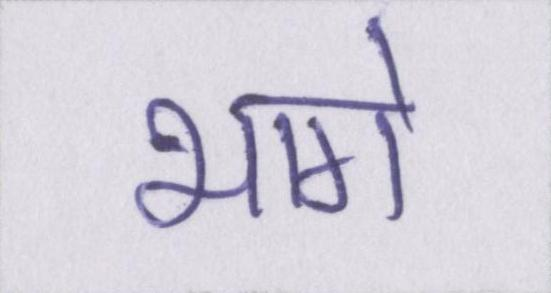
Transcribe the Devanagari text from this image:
भागे